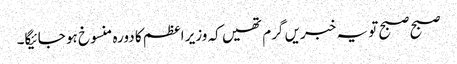
صبح صبح تو یہ خبریں گرم تھیں کہ وزیر اعظم کا دورہ منسوخ ہو جائیگا۔